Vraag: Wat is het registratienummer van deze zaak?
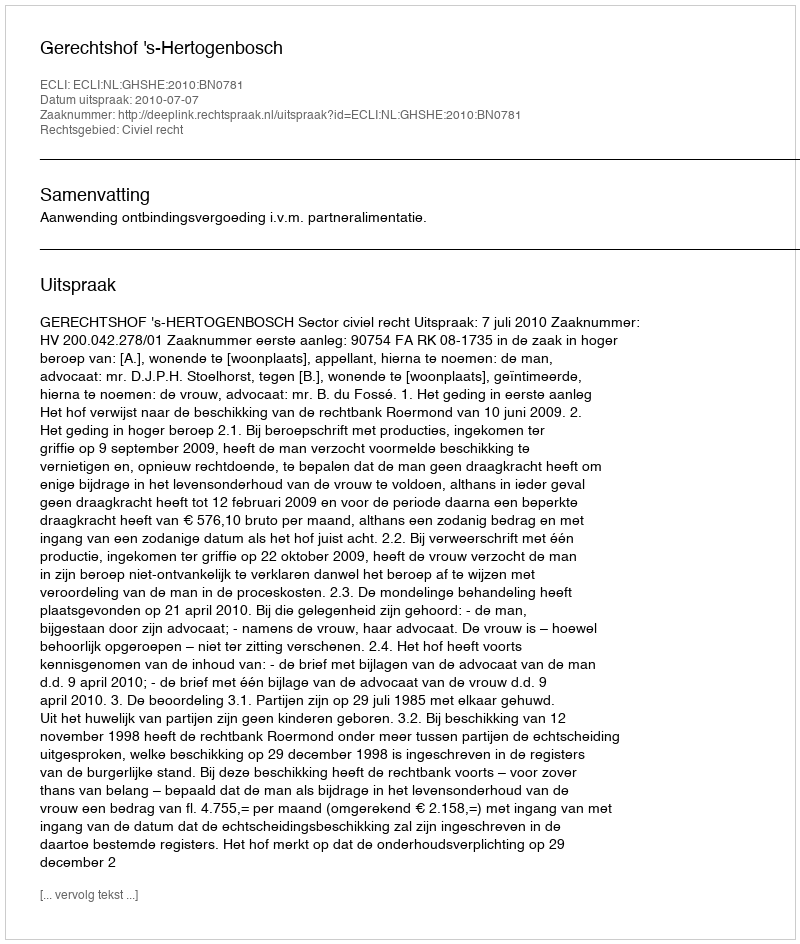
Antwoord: http://deeplink.rechtspraak.nl/uitspraak?id=ECLI:NL:GHSHE:2010:BN0781